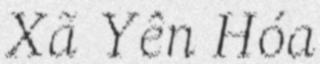
Xã Yên Hóa